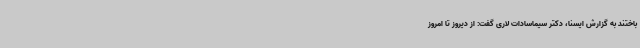
باختند به گزارش ایسنا، دکتر سیماسادات لاری گفت: از دیروز تا امروز